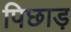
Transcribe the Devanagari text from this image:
पिछाड़